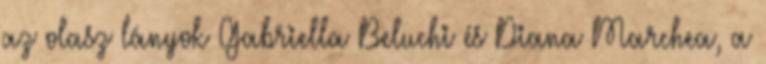
az olasz lányok Gabriella Beluchi és Diana Marchea, a